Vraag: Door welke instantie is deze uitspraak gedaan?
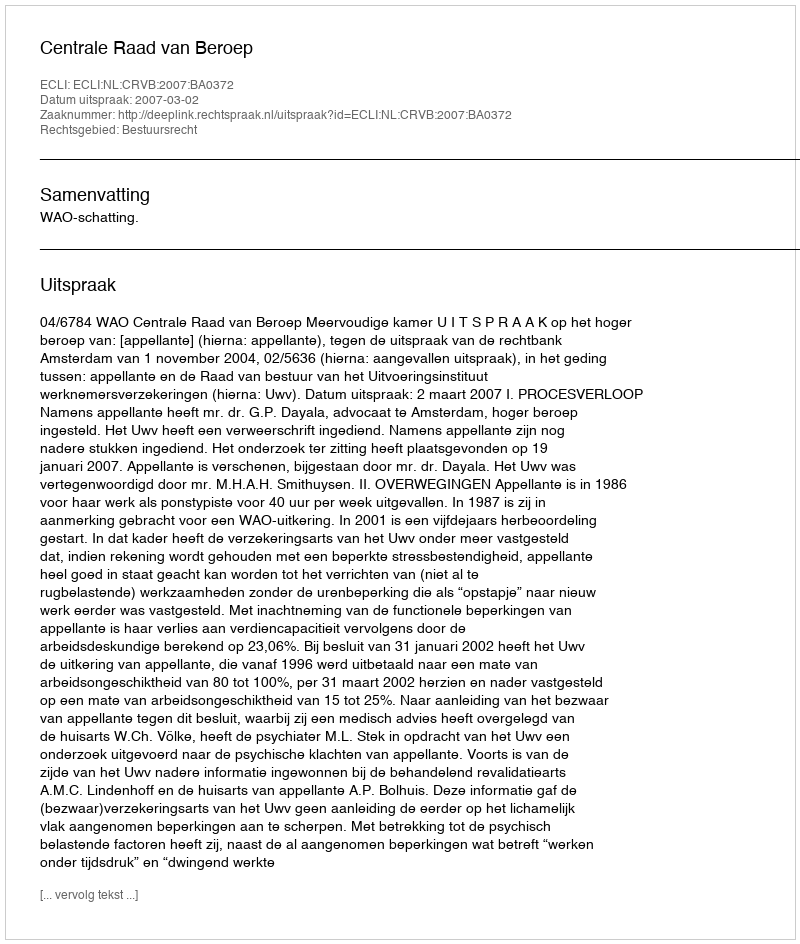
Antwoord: Centrale Raad van Beroep